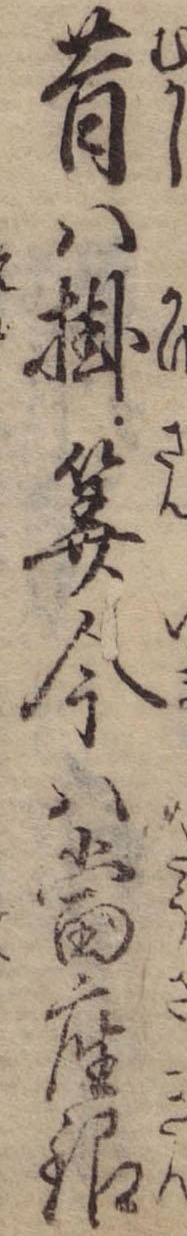
昔は掛算今は当座銀